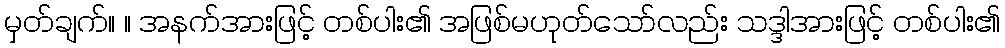
မှတ်ချက်။ ။ အနက်အားဖြင့် တစ်ပါး၏ အဖြစ်မဟုတ်သော်လည်း သဒ္ဒါအားဖြင့် တစ်ပါး၏